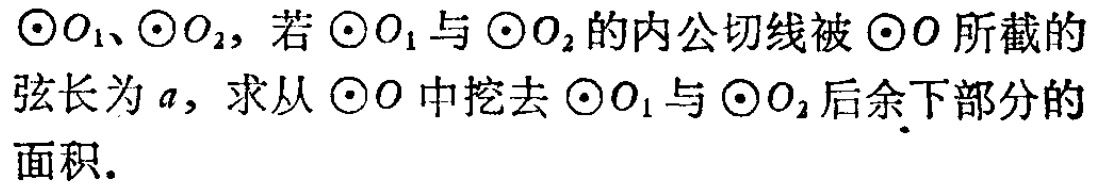
$\odot O_1、\odot O_2$，若$\odot O_1$与$\odot O_2$的内公切线被$\odot O$所截的弦长为$a$，求从$\odot O$中挖去$\odot O_1$与$\odot O_2$后余下部分的面积.